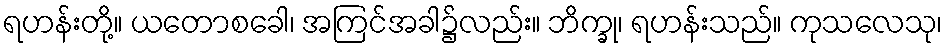
ရဟန်းတို့။ ယတောစခေါ၊ အကြင်အခါ၌လည်း။ ဘိက္ခု၊ ရဟန်းသည်။ ကုသလေသု၊